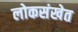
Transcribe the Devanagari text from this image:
लोकसंखेत